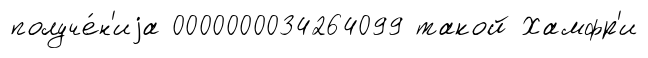
получе́н'иjа 0000000034264099 такой Хамфр'и